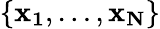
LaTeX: \{ \mathbf{x_{1}},\dotsc,\mathbf{x_{N}}\}